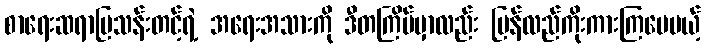
စာရေးဆရာမြသန်းတင့်ရဲ့ အရေးအသားကို ဒီတကြိမ်မှာလည်း ပြန်လည်ကိုးကားကြပေမယ့်